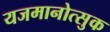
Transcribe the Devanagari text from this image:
यजमानोत्सुक